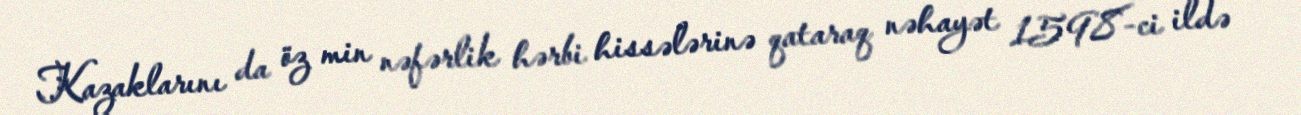
Kazaklarını da öz min nəfərlik hərbi hissələrinə qataraq nəhayət 1598-ci ildə